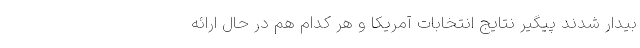
بیدار شدند پیگیر نتایج انتخابات آمریکا و هر کدام هم در حال ارائه